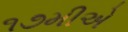
૧૭મીએ